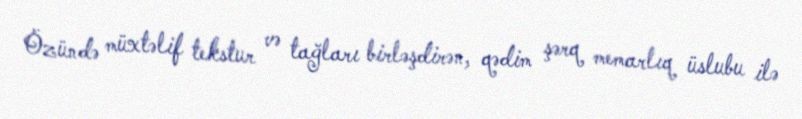
Özündə müxtəlif tekstur və tağları birləşdirən, qədim şərq memarlıq üslubu ilə